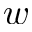
w